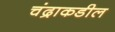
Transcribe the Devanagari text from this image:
चंद्राकडील